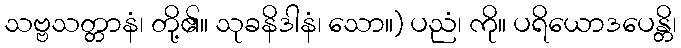
သဗ္ဗသတ္တာနံ၊ တို့၏။ သုခနိဒါနံ၊ သော။) ပညံ၊ ကို။ ပရိယောဒပေန္တိ၊